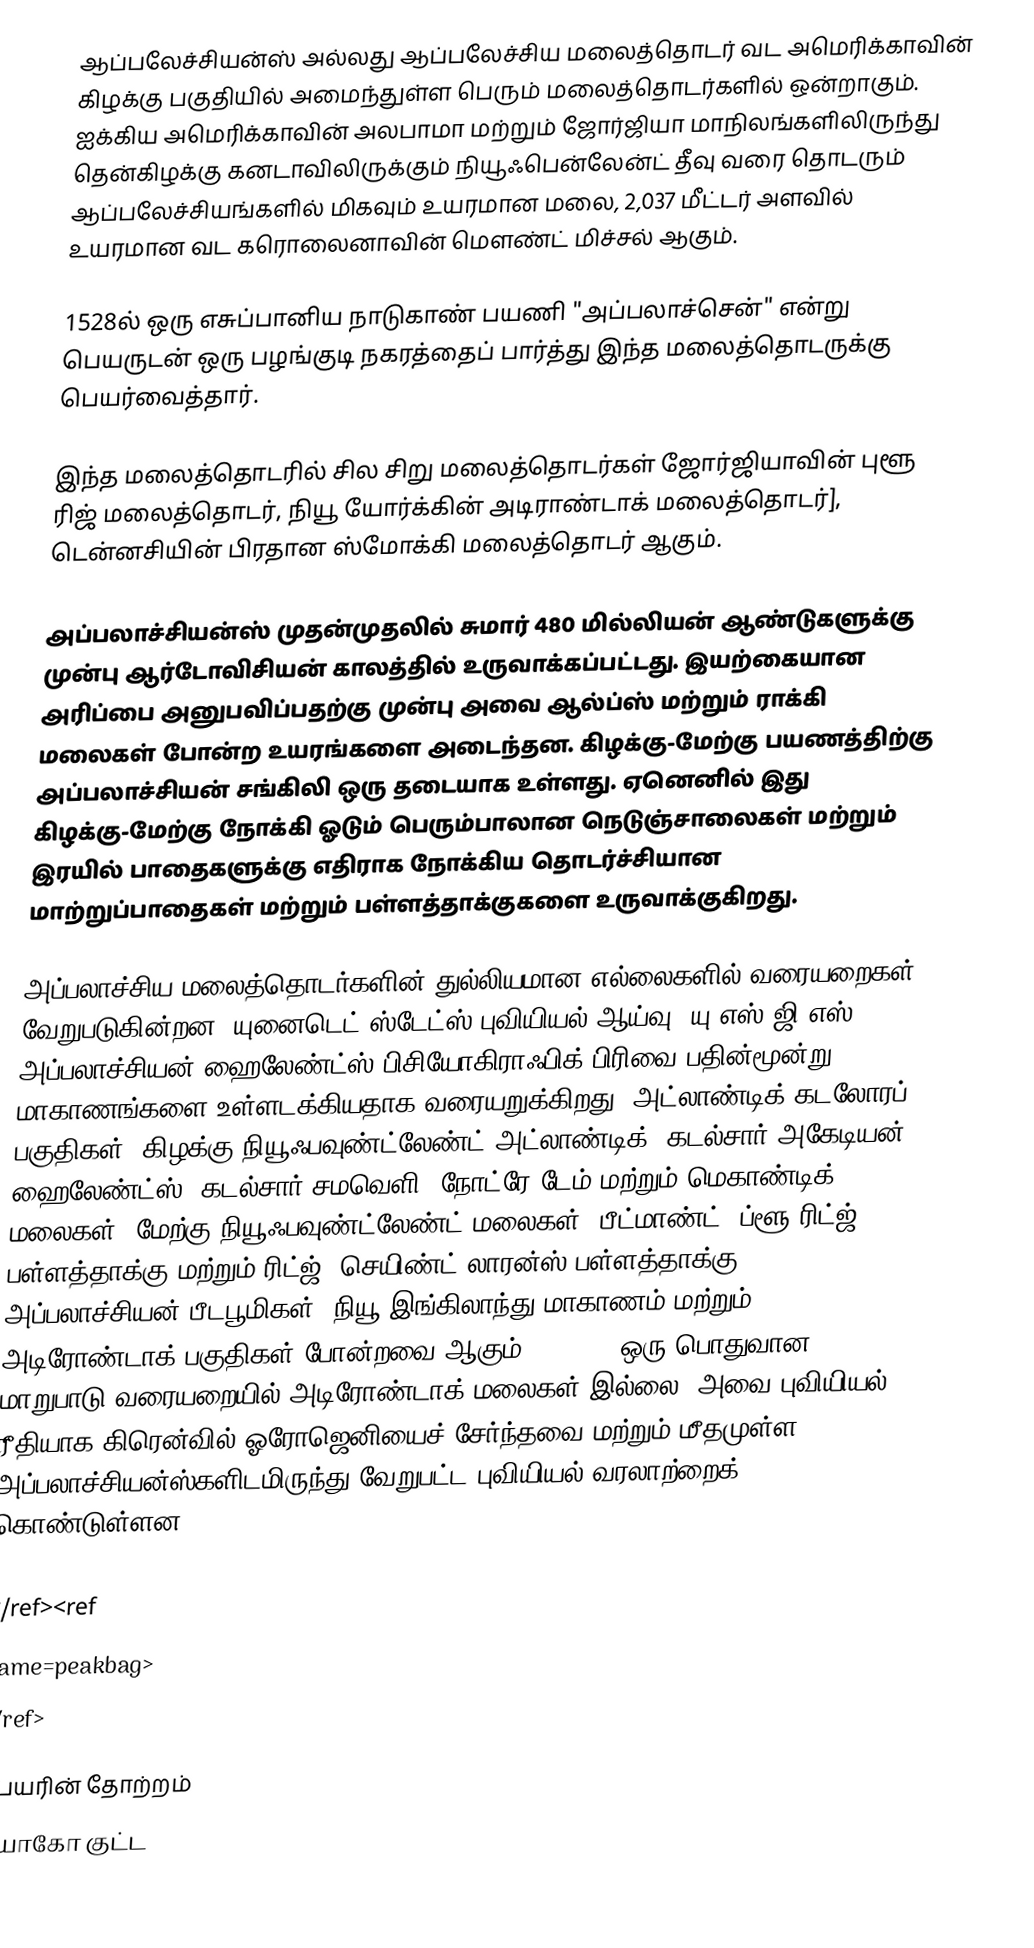
ஆப்பலேச்சியன்ஸ் அல்லது ஆப்பலேச்சிய மலைத்தொடர் வட அமெரிக்காவின் கிழக்கு பகுதியில் அமைந்துள்ள பெரும் மலைத்தொடர்களில் ஒன்றாகும். ஐக்கிய அமெரிக்காவின் அலபாமா மற்றும் ஜோர்ஜியா மாநிலங்களிலிருந்து தென்கிழக்கு கனடாவிலிருக்கும் நியூஃபென்லேன்ட் தீவு வரை தொடரும் ஆப்பலேச்சியங்களில் மிகவும் உயரமான மலை, 2,037 மீட்டர் அளவில் உயரமான வட கரொலைனாவின் மௌண்ட் மிச்சல் ஆகும்.

1528ல் ஒரு எசுப்பானிய நாடுகாண் பயணி "அப்பலாச்சென்" என்று பெயருடன் ஒரு பழங்குடி நகரத்தைப் பார்த்து இந்த மலைத்தொடருக்கு பெயர்வைத்தார்.

இந்த மலைத்தொடரில் சில சிறு மலைத்தொடர்கள் ஜோர்ஜியாவின் புளூ ரிஜ் மலைத்தொடர், நியூ யோர்க்கின் அடிராண்டாக் மலைத்தொடர்], டென்னசியின் பிரதான ஸ்மோக்கி மலைத்தொடர் ஆகும்.

அப்பலாச்சியன்ஸ் முதன்முதலில் சுமார் 480 மில்லியன் ஆண்டுகளுக்கு முன்பு ஆர்டோவிசியன் காலத்தில் உருவாக்கப்பட்டது. இயற்கையான அரிப்பை அனுபவிப்பதற்கு முன்பு அவை ஆல்ப்ஸ் மற்றும் ராக்கி மலைகள் போன்ற உயரங்களை அடைந்தன. கிழக்கு-மேற்கு பயணத்திற்கு அப்பலாச்சியன் சங்கிலி ஒரு தடையாக உள்ளது. ஏனெனில் இது கிழக்கு-மேற்கு நோக்கி ஓடும் பெரும்பாலான நெடுஞ்சாலைகள் மற்றும் இரயில் பாதைகளுக்கு எதிராக நோக்கிய தொடர்ச்சியான மாற்றுப்பாதைகள் மற்றும் பள்ளத்தாக்குகளை உருவாக்குகிறது.

அப்பலாச்சிய மலைத்தொடர்களின் துல்லியமான எல்லைகளில் வரையறைகள் வேறுபடுகின்றன. யுனைடெட் ஸ்டேட்ஸ் புவியியல் ஆய்வு (யு.எஸ்.ஜி.எஸ்) அப்பலாச்சியன் ஹைலேண்ட்ஸ் பிசியோகிராஃபிக் பிரிவை பதின்மூன்று மாகாணங்களை உள்ளடக்கியதாக வரையறுக்கிறது: அட்லாண்டிக் கடலோரப் பகுதிகள், கிழக்கு நியூஃபவுண்ட்லேண்ட் அட்லாண்டிக், கடல்சார் அகேடியன் ஹைலேண்ட்ஸ், கடல்சார் சமவெளி, நோட்ரே டேம் மற்றும் மெகாண்டிக் மலைகள், மேற்கு நியூஃபவுண்ட்லேண்ட் மலைகள், பீட்மாண்ட், ப்ளூ ரிட்ஜ் , பள்ளத்தாக்கு மற்றும் ரிட்ஜ், செயிண்ட் லாரன்ஸ் பள்ளத்தாக்கு, அப்பலாச்சியன் பீடபூமிகள், நியூ இங்கிலாந்து மாகாணம் மற்றும் அடிரோண்டாக் பகுதிகள் போன்றவை ஆகும். [6] [7] ஒரு பொதுவான மாறுபாடு வரையறையில் அடிரோண்டாக் மலைகள் இல்லை, அவை புவியியல் ரீதியாக கிரென்வில் ஓரோஜெனியைச் சேர்ந்தவை மற்றும் மீதமுள்ள அப்பலாச்சியன்ஸ்களிடமிருந்து வேறுபட்ட புவியியல் வரலாற்றைக் கொண்டுள்ளன.<ref
 name="USGS-Water">
</ref><ref
 name=peakbag>
</ref>

பெயரின் தோற்றம்
டியாகோ குட்ட